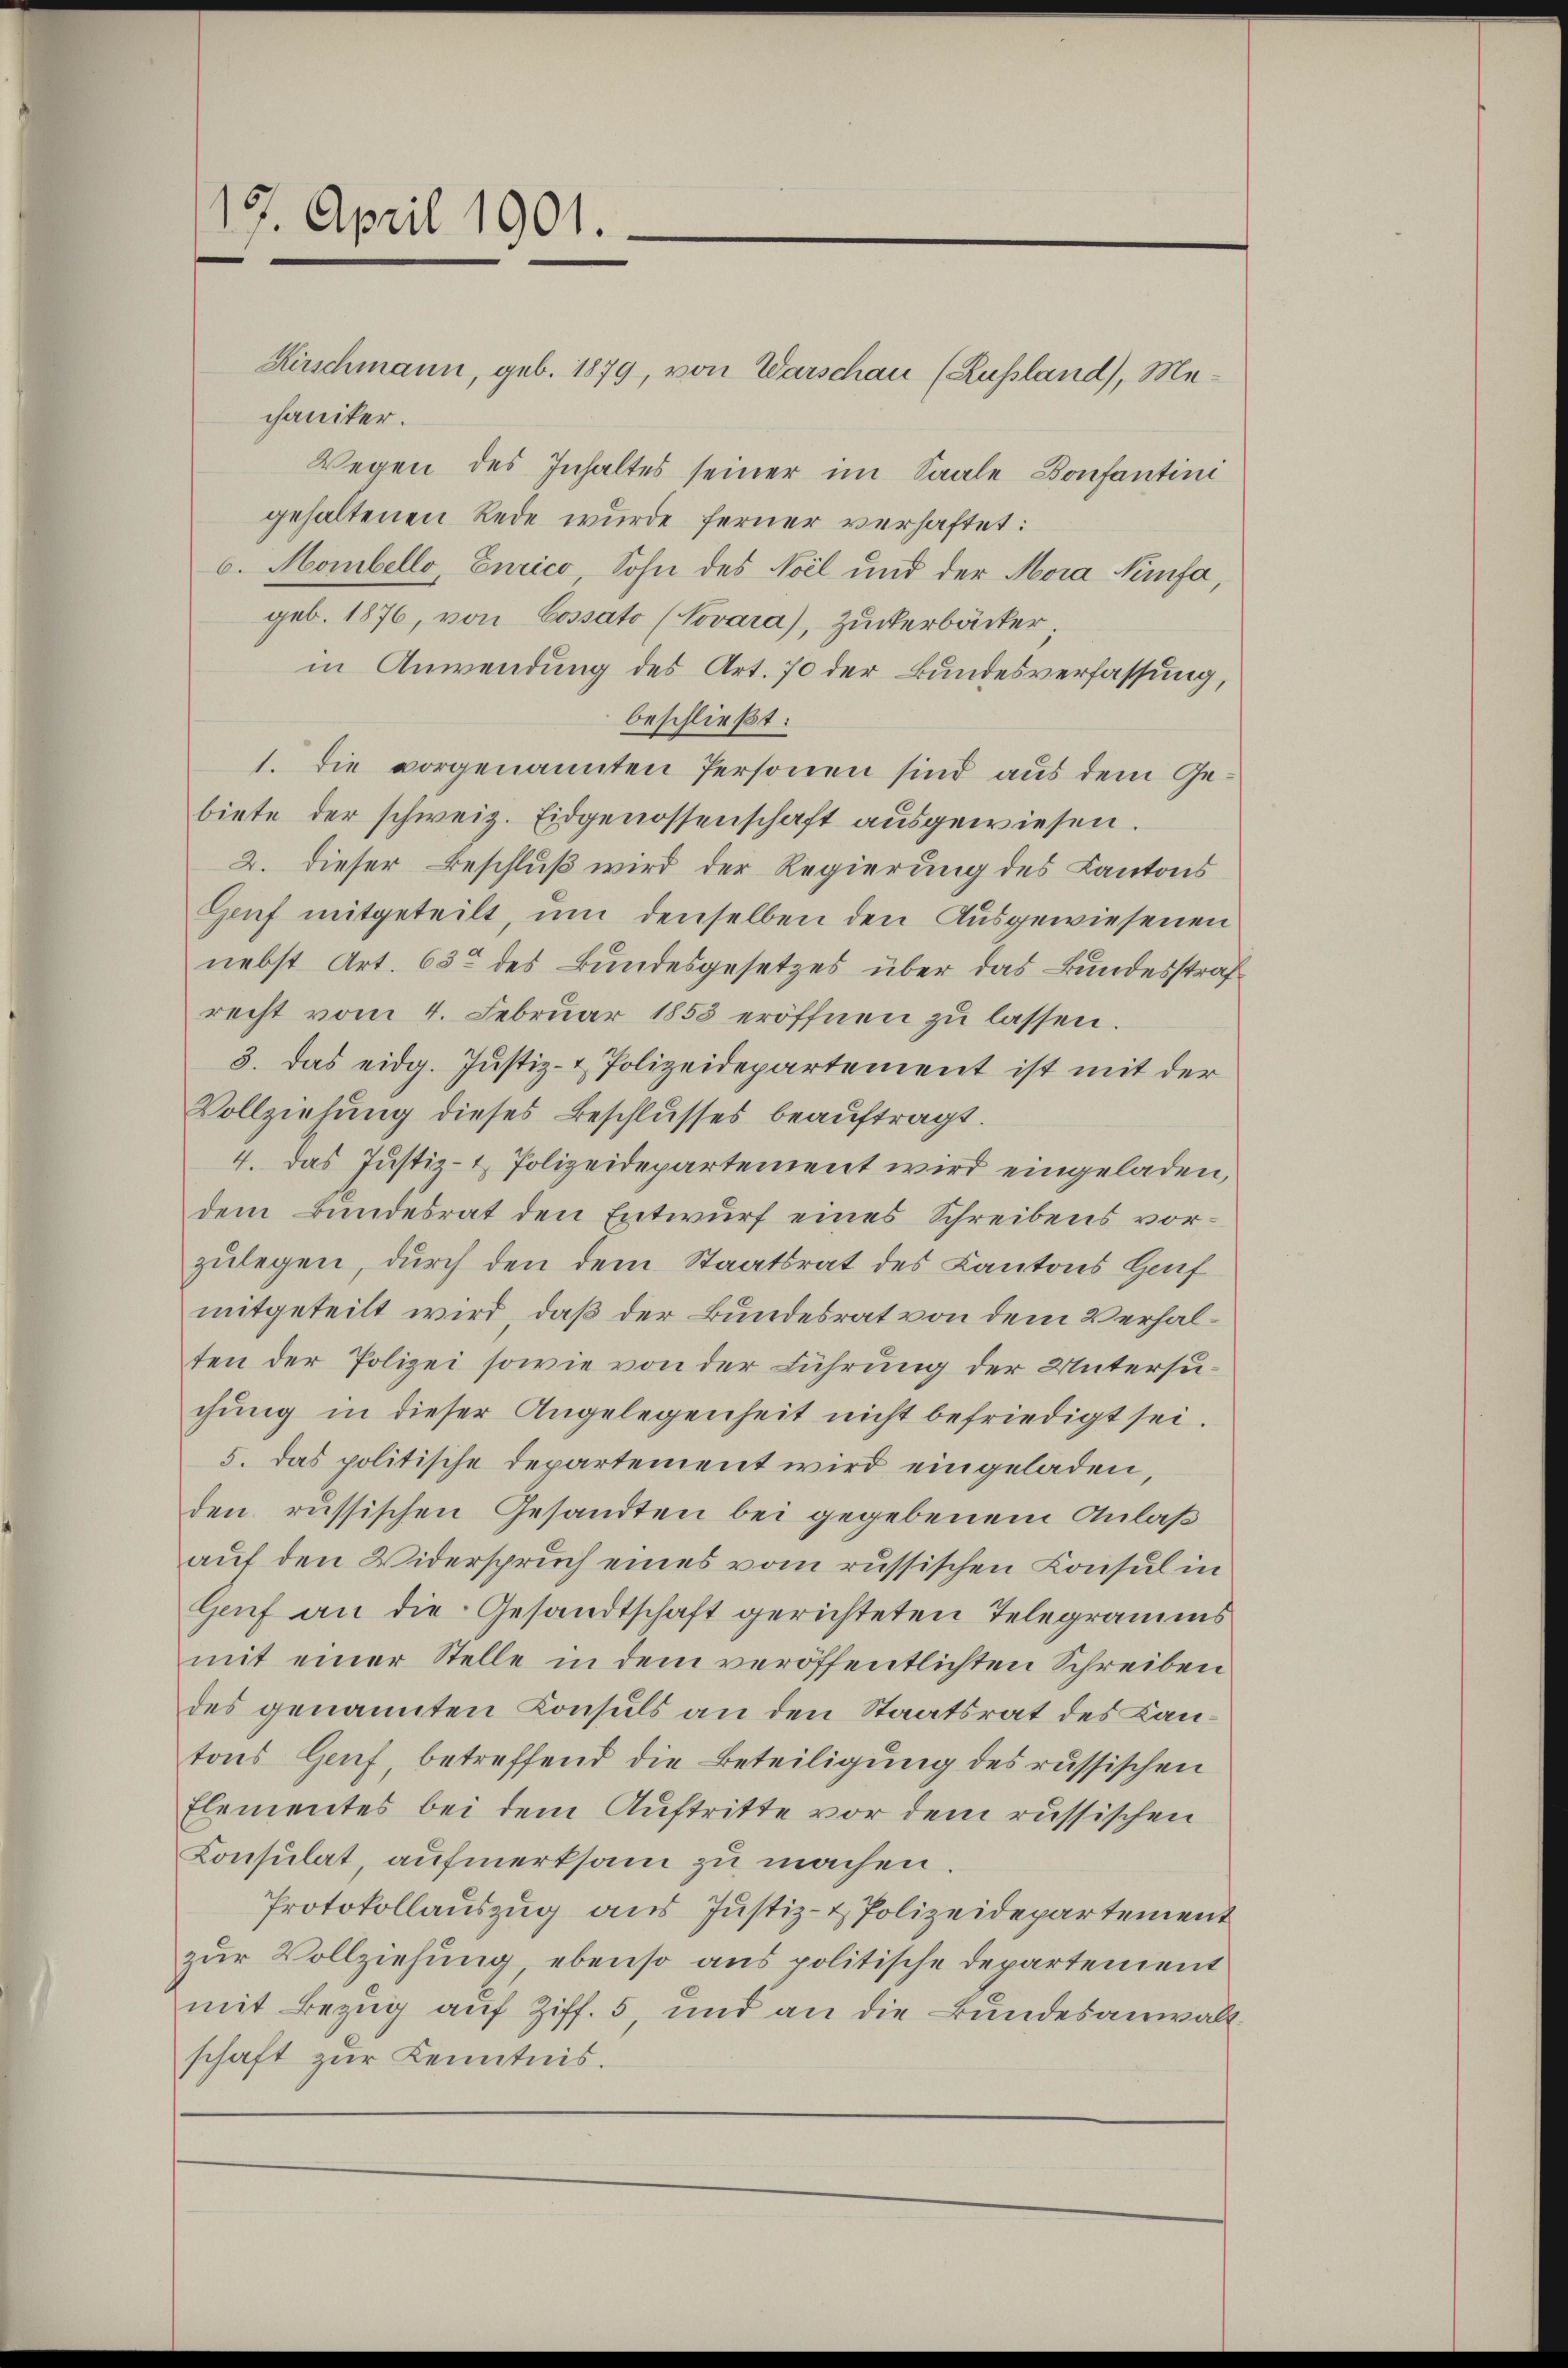
19. April 1901.

Kirschmann, geb. 1879, von Warschau (Russland), Mechaniker.
Wegen des Inhaltes seiner im Saale Bonfantini
gehaltenen Rede wurde ferner verhaftet:
b. Monibello, Eurico, Sohn des Noel und der Mora Nünfa,
geb. 1876, von Cossato (Novara), Zuckerbäcker
in Anwendung des Art. 70 der Bundesverfassung,
beschließt:
1. Die vorgenannten Personen sind aus dem Gebiete der schweiz. Eidgenossenschaft ausgewiesen.
2. dieser Beschluß wird der Regierung des Kantons
Genf mitgeteilt, um denselben den Ausgewiesenen
nebst Art. 63 des Bundesgesetzes über das Bundesstrafrecht vom 4. Februar 1853 eröffnen zu lassen.
3. Das eidg. Justiz- & Polizeidepartement ist mit der
Vollziehung dieses Beschlusses beauftragt.
4. Das Justiz- & Polizeidepartement wird eingeladen,
dem Bundesrat den Entwurf eines Schreibens vorzulegen, durch den dem Staatsrat des Kantons Hauf
mitgeteilt wird, daß der Bundesrat von dem Verhalten der Polizei sowie von der Führung der Untersuchung in dieser Angelegenheit nicht befriedigt sei.
5. das politische Departement wird eingeladen,
den russischen Gesandten bei gegebenem Anlaß
auf den Widerspruch eines vom russischen Consul in
Genf an die Gesandtschaft gerichteten Telegramms
mit einer Stelle in dem veröffentlichten Schreiben
des genannten Konsuls an den Staatsrat des Kantons Genf, betreffend die Beteiligung des russischen
Elementes bei dem Auftritte vor dem russischen
Consulat, aufmerksam zu machen.
Protokollauszug aus Justiz- & Polizeidepartement
zur Vollziehung, ebenso aus politische Departement
mit Bezug auf Ziff. 5, und an die Bundesanwaltschaft zur Kenntnis.